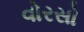
વોરસો